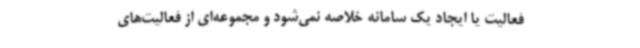
فعالیت یا ایجاد یک سامانه خلاصه نمی‌شود و مجموعه‌ای از فعالیت‌های